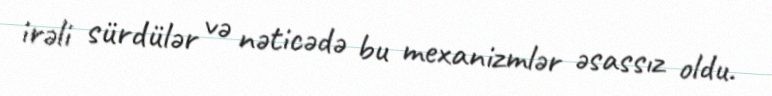
irəli sürdülər və nəticədə bu mexanizmlər əsassız oldu.